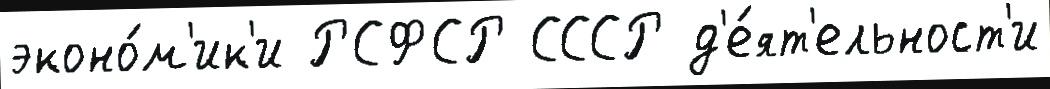
эконо́м'ик'и РСФСР СССР д'е́ят'ельност'и